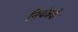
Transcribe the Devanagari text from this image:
नियंत्रके